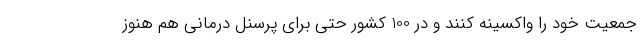
جمعیت خود را واکسینه کنند و در 100 کشور حتی برای پرسنل درمانی هم هنوز